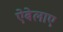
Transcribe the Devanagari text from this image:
ऐबेलाए